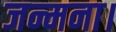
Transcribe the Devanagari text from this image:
जन्मना।